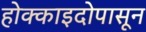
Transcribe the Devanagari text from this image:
होक्काइदोपासून